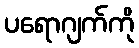
ပရောဂျက်ကို